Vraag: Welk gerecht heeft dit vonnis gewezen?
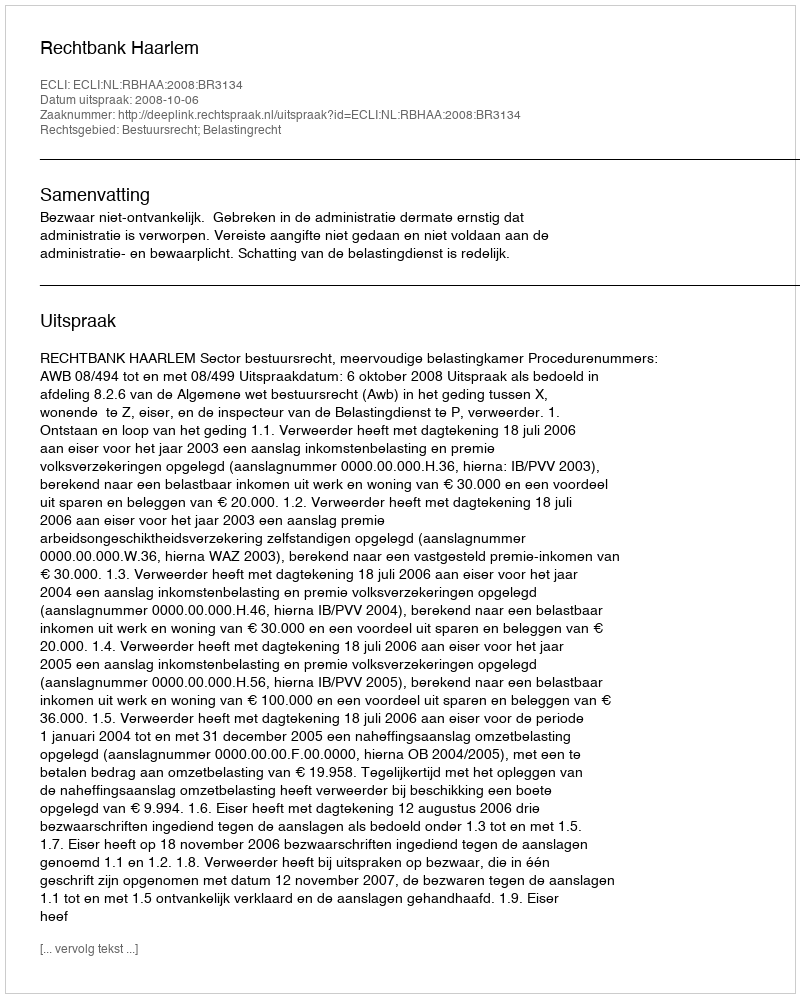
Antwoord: Rechtbank Haarlem